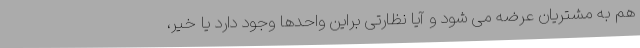
هم به مشتریان عرضه می شود و آیا نظارتی براین واحدها وجود دارد یا خیر،